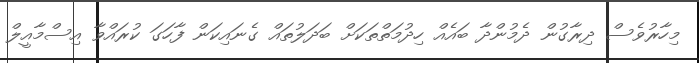
މިހާރުވެސް ދިރާގުން ދެމުންދާ ބައެއް ހިދުމަތްތަކަށް ބަދަލުތައް ގެނައިކަން ފާހަގަ ކުރައްވާ އިސްމާއީލް